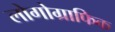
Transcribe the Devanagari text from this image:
लोगोग्राफिक